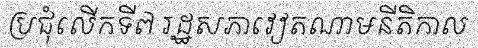
ប្រជុំលើកទី៧ រដ្ឋសភាវៀតណាមនីតិកាល